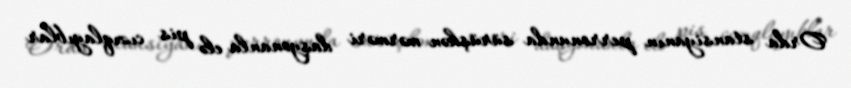
Orda stansiyanın perronunda sürüşkən mərməri daşyonanla elə pis cızıqlayıblar